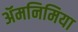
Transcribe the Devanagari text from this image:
ॲमनिमिया